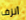
أنزف